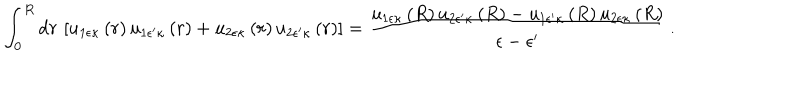
\int _ { 0 } ^ { R } \mathrm { d } r \, \left[ u _ { 1 \epsilon \kappa } \left( r \right) u _ { 1 \epsilon ^ { \prime } \kappa } \left( r \right) + u _ { 2 \epsilon \kappa } \left( r \right) u _ { 2 \epsilon ^ { \prime } \kappa } \left( r \right) \right] = \frac { u _ { 1 \epsilon \kappa } \left( R \right) u _ { 2 \epsilon ^ { \prime } \kappa } \left( R \right) - u _ { 1 \epsilon ^ { \prime } \kappa } \left( R \right) u _ { 2 \epsilon \kappa } \left( R \right) } { \epsilon - \epsilon ^ { \prime } } \, .